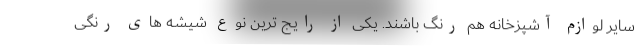
سایر لوازم آشپزخانه هم رنگ باشند. یکی از رایج ترین نوع شیشه های رنگی